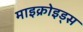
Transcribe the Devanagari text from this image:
माइक्रोइड्स